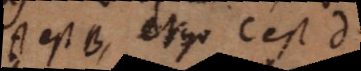
A est B, ergo C est D.